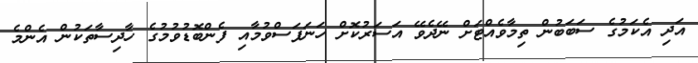
އަދި އެކަމުގެ ސަބަބުން ތިމާވެއްޓަށް ނޭދެވޭ އަސަރުކޮށް ހަނަފަސްވުމާއި ފެންބޮޑުވުމުގެ ހާދިސާތަކުން އެންމެ